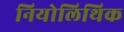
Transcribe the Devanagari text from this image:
नियोलिथिक